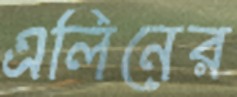
এলিনের